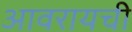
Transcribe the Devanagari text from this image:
आवरायची